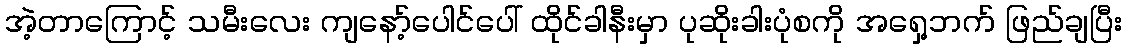
အဲ့တာကြောင့် သမီးလေး ကျနော့်ပေါင်ပေါ် ထိုင်ခါနီးမှာ ပုဆိုးခါးပုံစကို အရှေ့ဘက် ဖြည်ချပြီး